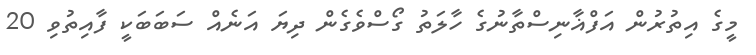
މީގެ އިތުރުން އަފްޣާނިސްތާނުގެ ހާލަތު ގޯސްވެގެން ދިޔަ އަނެއް ސަބަބަކީ ފާއިތުވި 20